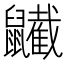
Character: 𪖋